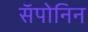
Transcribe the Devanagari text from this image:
सॅपोनिन